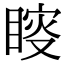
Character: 𥈟